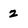
Character: 2